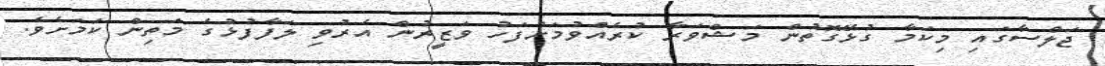
ޖަލްސާގައި މިކަމާ ގުޅޭގޮތުން މަޝްވަރާ ކުރެއްވުމަށްފަހު ވަޒީރުން އެރުވި ލަފާފުޅުގެ މަތިން ކަމަށެވެ.